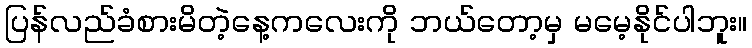
ပြန်လည်ခံစားမိတဲ့နေ့ကလေးကို ဘယ်တော့မှ မမေ့နိုင်ပါဘူး။